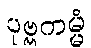
ပုဗ္ဗကမ္မံ